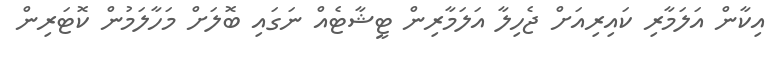
އިކާން އަލަމާރި ކައިރިއަށް ޖެހިލާ އަލަމާރިން ޓީޝާޓެެއް ނަގައި ބޮލަށް މަހާލަމުން ކޮޓަރިން